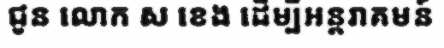
ជូន លោក ស ខេង ដើម្បីអន្តរាគមន៍